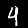
Label: 4